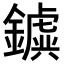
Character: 𨮗